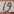
Text: 19